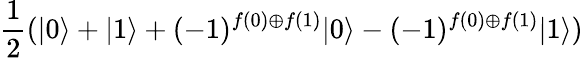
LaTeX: {\frac{1}{2}}(|0\rangle+|1\rangle+(-1)^{f(0)\oplus f(1)}|0\rangle-(-1)^{f(0)\oplus f(1)}|1\rangle)